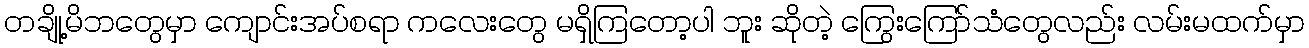
တချို့မိဘတွေမှာ ကျောင်းအပ်စရာ ကလေးတွေ မရှိကြတော့ပါ ဘူး ဆိုတဲ့ ကြွေးကြော်သံတွေလည်း လမ်းမထက်မှာ